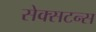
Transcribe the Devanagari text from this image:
सेक्सटन्स